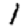
Digit: 1